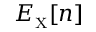
E _ { \scriptscriptstyle \mathrm { X } } [ n ]